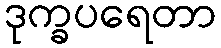
ဒုက္ခပရေတာ